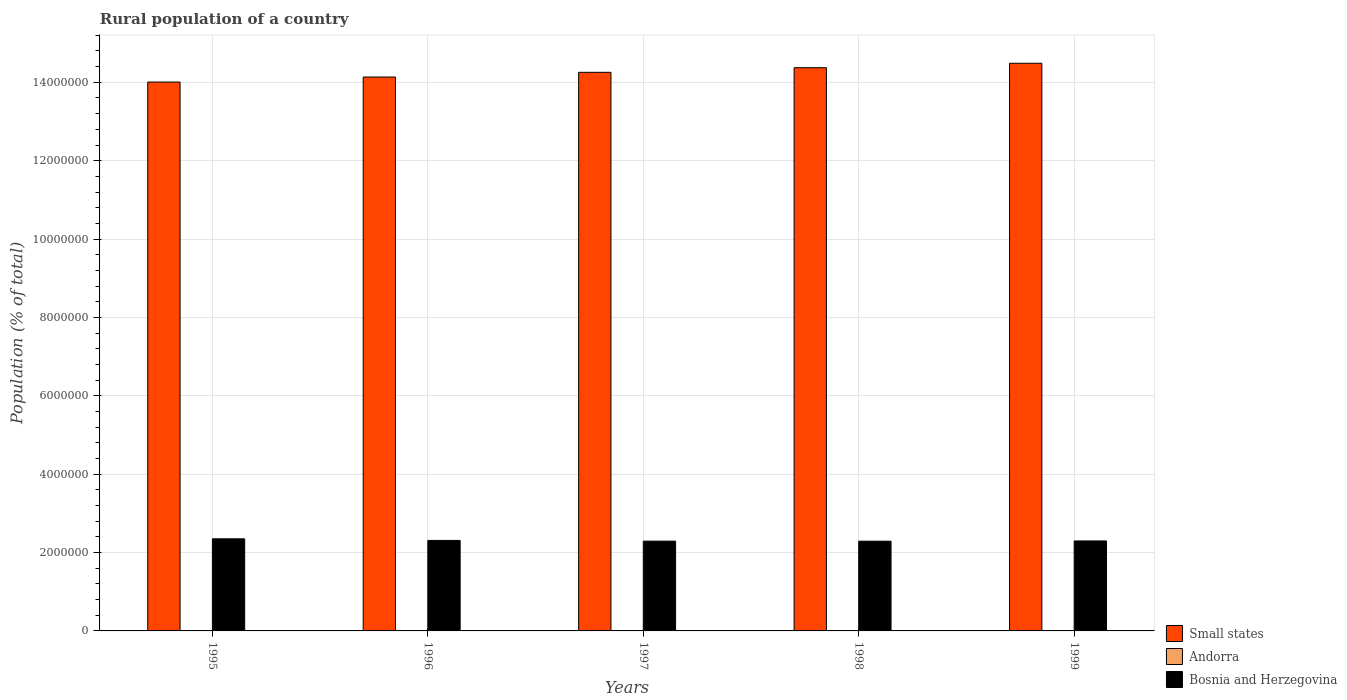
| Years | Small states | Andorra | Bosnia and Herzegovina |
 | --- | --- | --- | --- |
 | 1995 | 1.4e+07 | 4.05e+03 | 2.35e+06 |
 | 1996 | 1.41e+07 | 4.23e+03 | 2.31e+06 |
 | 1997 | 1.43e+07 | 4.38e+03 | 2.29e+06 |
 | 1998 | 1.44e+07 | 4.52e+03 | 2.29e+06 |
 | 1999 | 1.45e+07 | 4.71e+03 | 2.3e+06 |